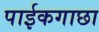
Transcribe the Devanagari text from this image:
पाईकगाछा